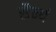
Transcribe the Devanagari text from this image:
सैन्यं